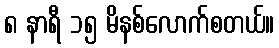
၈ နာရီ ၁၅ မိနစ်လောက်စတယ်။